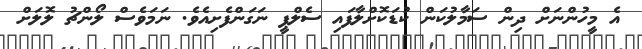
އެ މީހުންނަށް ދިން ސަމާލުކަން ކުޑަކޮށްލާފައި ސެލްޕީ ނަގަންފެށިއެވެ. ނަމަވެސް ލޯންޗު ލޮލަށް